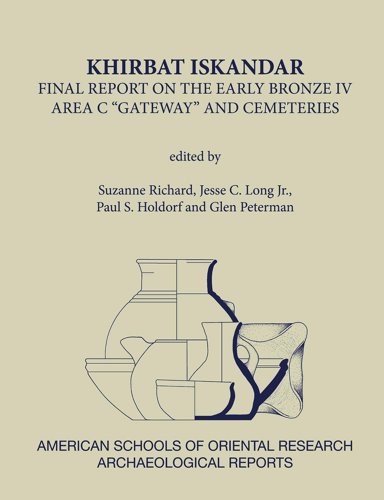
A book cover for Khirbat Iskandar: Final Report on the Early Bronze IV Area C 'Gateway' and Cemeteries (ASOR Arch Reports); History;